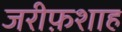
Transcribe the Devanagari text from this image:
जरीफ़शाह